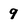
Character: 9